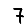
Digit: 7